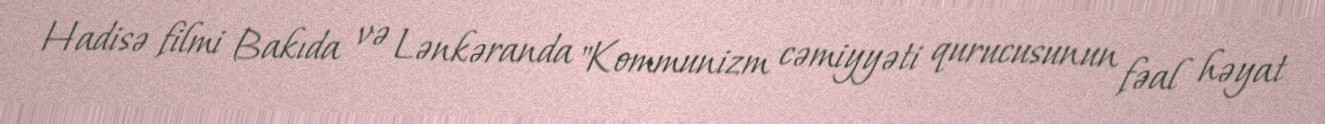
Hadisə filmi Bakıda və Lənkəranda "Kommunizm cəmiyyəti qurucusunun fəal həyat